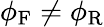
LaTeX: \phi_{\mathrm{F}}\neq\phi_{\mathrm{R}}